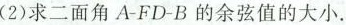
(2)求二面角A-FD-B的余弦值的大小。